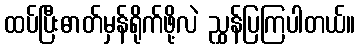
ထပ်ပြီးဓာတ်မှန်ရိုက်ဖို့လဲ ညွှန်ပြကြပါတယ်။